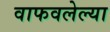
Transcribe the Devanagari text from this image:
वाफवलेल्या